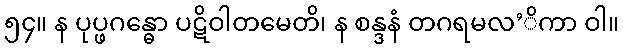
၅၄။ န ပုပ္ဖဂန္ဓော ပဋိဝါတမေတိ၊ န စန္ဒနံ တဂရမလ’ိကာ ဝါ။